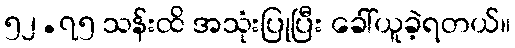
၅၂.၇၅ သန်းထိ အသုံးပြုပြီး ခေါ်ယူခဲ့ရတယ်။